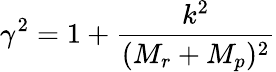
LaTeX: \gamma^{2}=1+\frac{k^{2}}{(M_{r}+M_{p})^{2}}